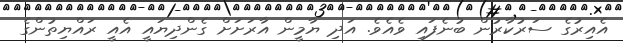
އެއިރުގެ ސަރުކާރުން ބުނެފައި ވެއެވެ. އަދި ޔާމީން އާރަށަށް ގެންދިޔައީ އެއީ ރައްޔިތުންގެ